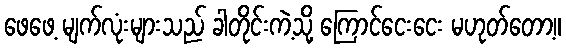
ဖေဖေ့ မျက်လုံးများသည် ခါတိုင်းကဲ့သို့ ကြောင်ငေးငေး မဟုတ်တော့။